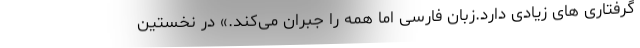
گرفتاری های زیادی دارد.زبان فارسی اما همه را جبران می‌کند.» در نخستین